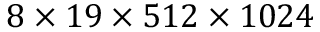
8 \times 1 9 \times 5 1 2 \times 1 0 2 4